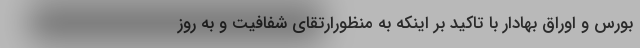
بورس و اوراق بهادار با تاکید بر اینکه به منظورارتقای شفافیت و به روز